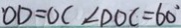
O D = O C \angle D O C = 6 0 ^ { \circ }